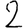
Digit: 2